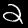
Label: 2